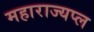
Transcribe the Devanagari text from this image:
महाराज्यप्ल